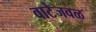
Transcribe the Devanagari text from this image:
वाटेजवळ